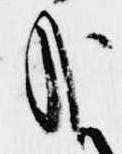
哉